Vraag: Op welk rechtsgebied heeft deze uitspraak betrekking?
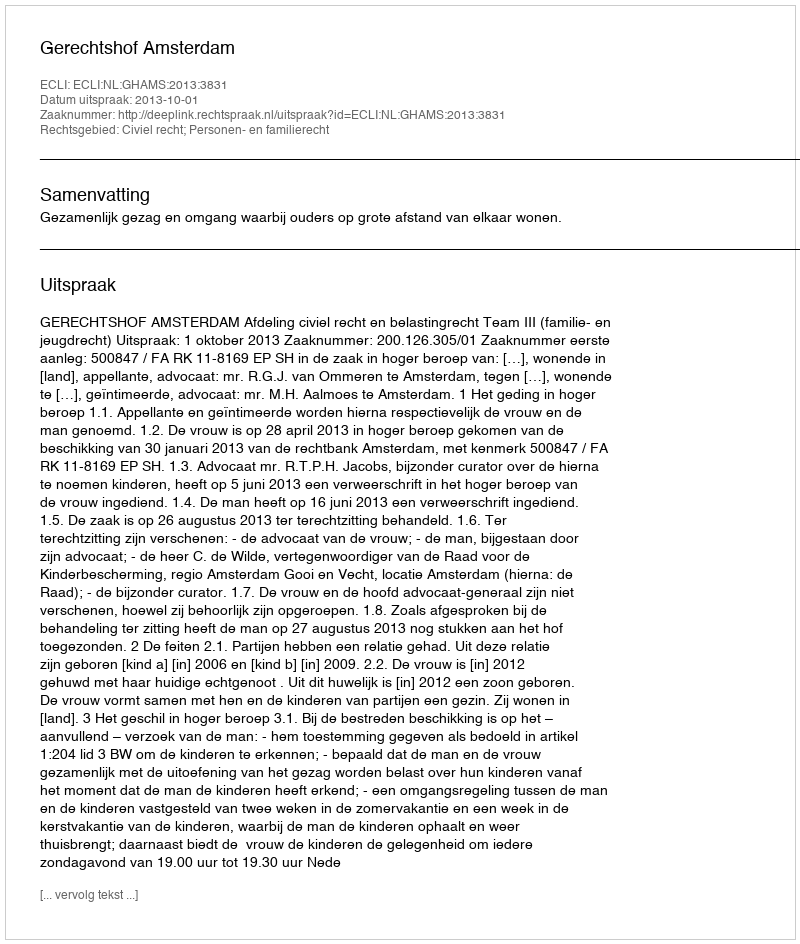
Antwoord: Civiel recht; Personen- en familierecht